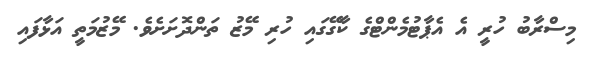
މިސްރާބު ހުރީ އެ އެޕާޓުމެންޓްގެ ކާގޭގައި ހުރި މޭޒު ތަންދޮށަށެވެ. މޭޒުމަތީ އަޅާފައި